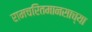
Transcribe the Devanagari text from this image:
रामचरितमानसाच्या